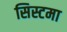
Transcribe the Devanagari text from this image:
सिस्टमा